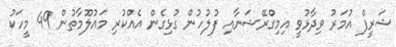
ޝަރީފް އުމަރު ވިދާޅުވީ އިމިގްރޭޝަނާއި ފުލުހުން ގުޅިގެން އެއްކުރި މައުލޫމާތުން 49 މީހަކު